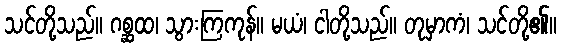
သင်တို့သည်။ ဂစ္ဆထ၊ သွားကြကုန်။ မယံ၊ ငါတို့သည်။ တုမှာကံ၊ သင်တို့၏။